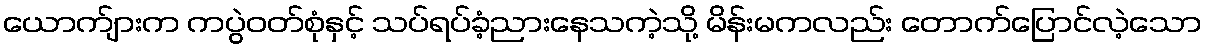
ယောက်ျားက ကပွဲဝတ်စုံနှင့် သပ်ရပ်ခံ့ညားနေသကဲ့သို့ မိန်းမကလည်း တောက်ပြောင်လဲ့သော